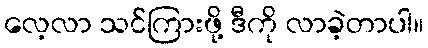
လေ့လာ သင်ကြားဖို့ ဒီကို လာခဲ့တာပါ။